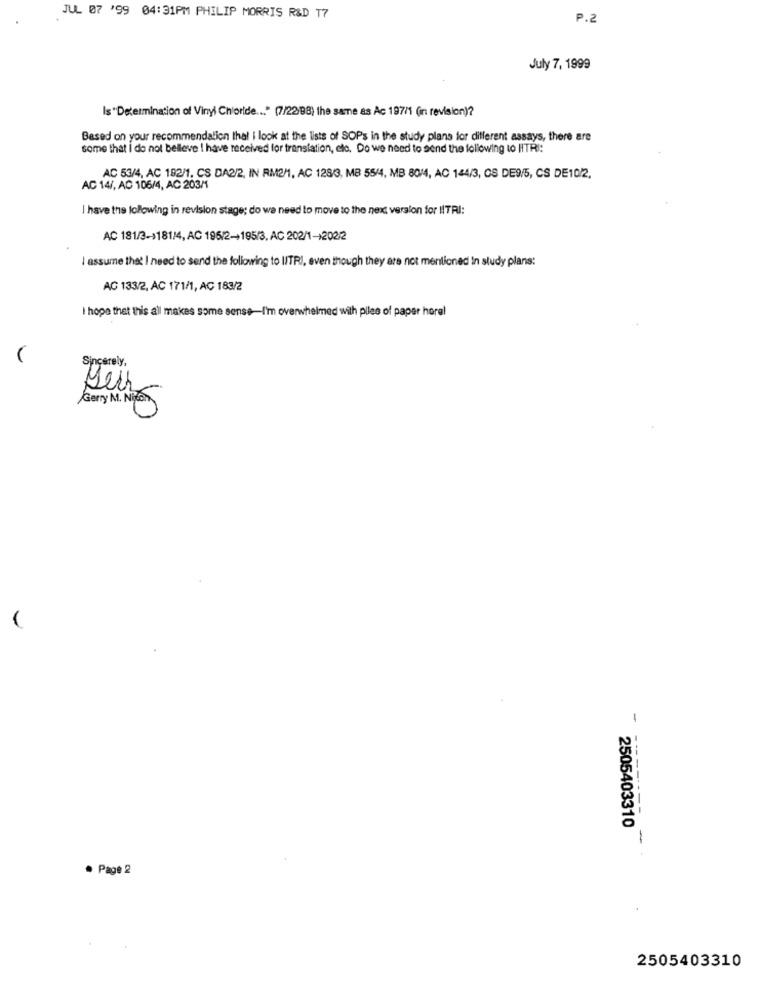
JUL 07 '99 04:31PM PHILIP MORRIS R&D T7
P.2
July 7, 1999
Is "Determination of Vinyl Chloride ... " (7/22/98) the same as Ac 197/1 (in revision)?
Based on your recommendation that i look at the lists of SOPs in the study plans for different assays, there are
some that I do not belleve I have received for translation, etc. Do we need to send the following to HTR:
AC 53/4, AC 182/1. CS DA2/2, IN RM2/1, AC 128/3, MB 55/4, MB 80/4, AC 144/3, OS DE9/5, CS DE10/2,
AC 14/, AD 106/4, AC 203M
I have the following in revision stage; do we need to move to the next version for NITRI:
AC 181/3-1181/4, AC 195/2-195/3, AC 202/1-202/2
I assume that I need to send the following to IlTRI, even though they are not mentioned In study plans:
AG 133/2, AC 171/1, AC 183/2
I hope that this all makes some sense-I'm overwhelmed with plles of paper hora!
Sincerely,
Dei
Gerry M. Nixon
-
2505403310
-
. Page 2
2505403310